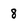
Character: 8